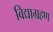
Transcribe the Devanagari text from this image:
विद्याग्रहण